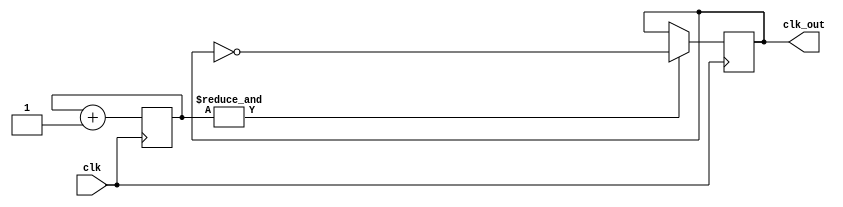
module clk_div (input clk, output reg clk_out);
// Converts a 50MHz clock to ~0.67Hz
reg [23:0] clk_count;
//posedge defines a rising edge (transition from 0 to 1)
always @ (posedge clk) begin
clk_count <= clk_count + 1;
if (&clk_count) begin
clk_out <= ~clk_out;
end
end
endmodule